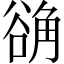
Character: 𬢗